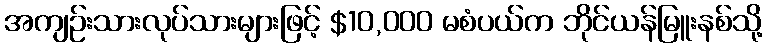
အကျဉ်းသားလုပ်သားများဖြင့် $10,000 မစံပယ်က ဘိုင်ယန်မြူးနစ်သို့